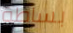
بساطة